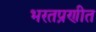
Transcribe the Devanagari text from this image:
भरतप्रणीत